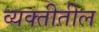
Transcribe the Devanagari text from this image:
व्यक्तीतील